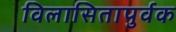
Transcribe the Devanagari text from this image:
विलासितापुर्वक